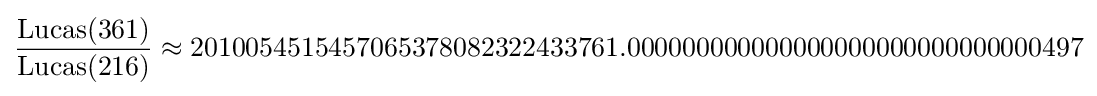
{\frac {\operatorname {Lucas} (361)}{\operatorname {Lucas} (216)}}\approx 2010054515457065378082322433761.000000000000000000000000000000497